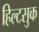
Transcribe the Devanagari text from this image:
हिल्टसुक